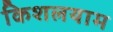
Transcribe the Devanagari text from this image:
किशलयाम